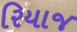
રિયાજ